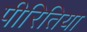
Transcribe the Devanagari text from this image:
पीरितिया